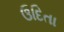
ઉદિતા